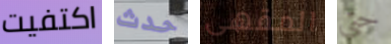
اكتفيت حدث المقهى حتى